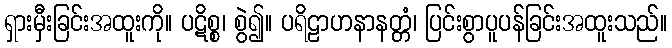
ရှားမှီးခြင်းအထူးကို။ ပဋိစ္စ၊ စွဲ၍။ ပရိဠာဟနာနတ္တံ၊ ပြင်းစွာပူပန်ခြင်းအထူးသည်။